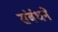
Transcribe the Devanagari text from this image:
संबंधने